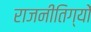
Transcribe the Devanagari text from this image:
राजनीतिग्यों